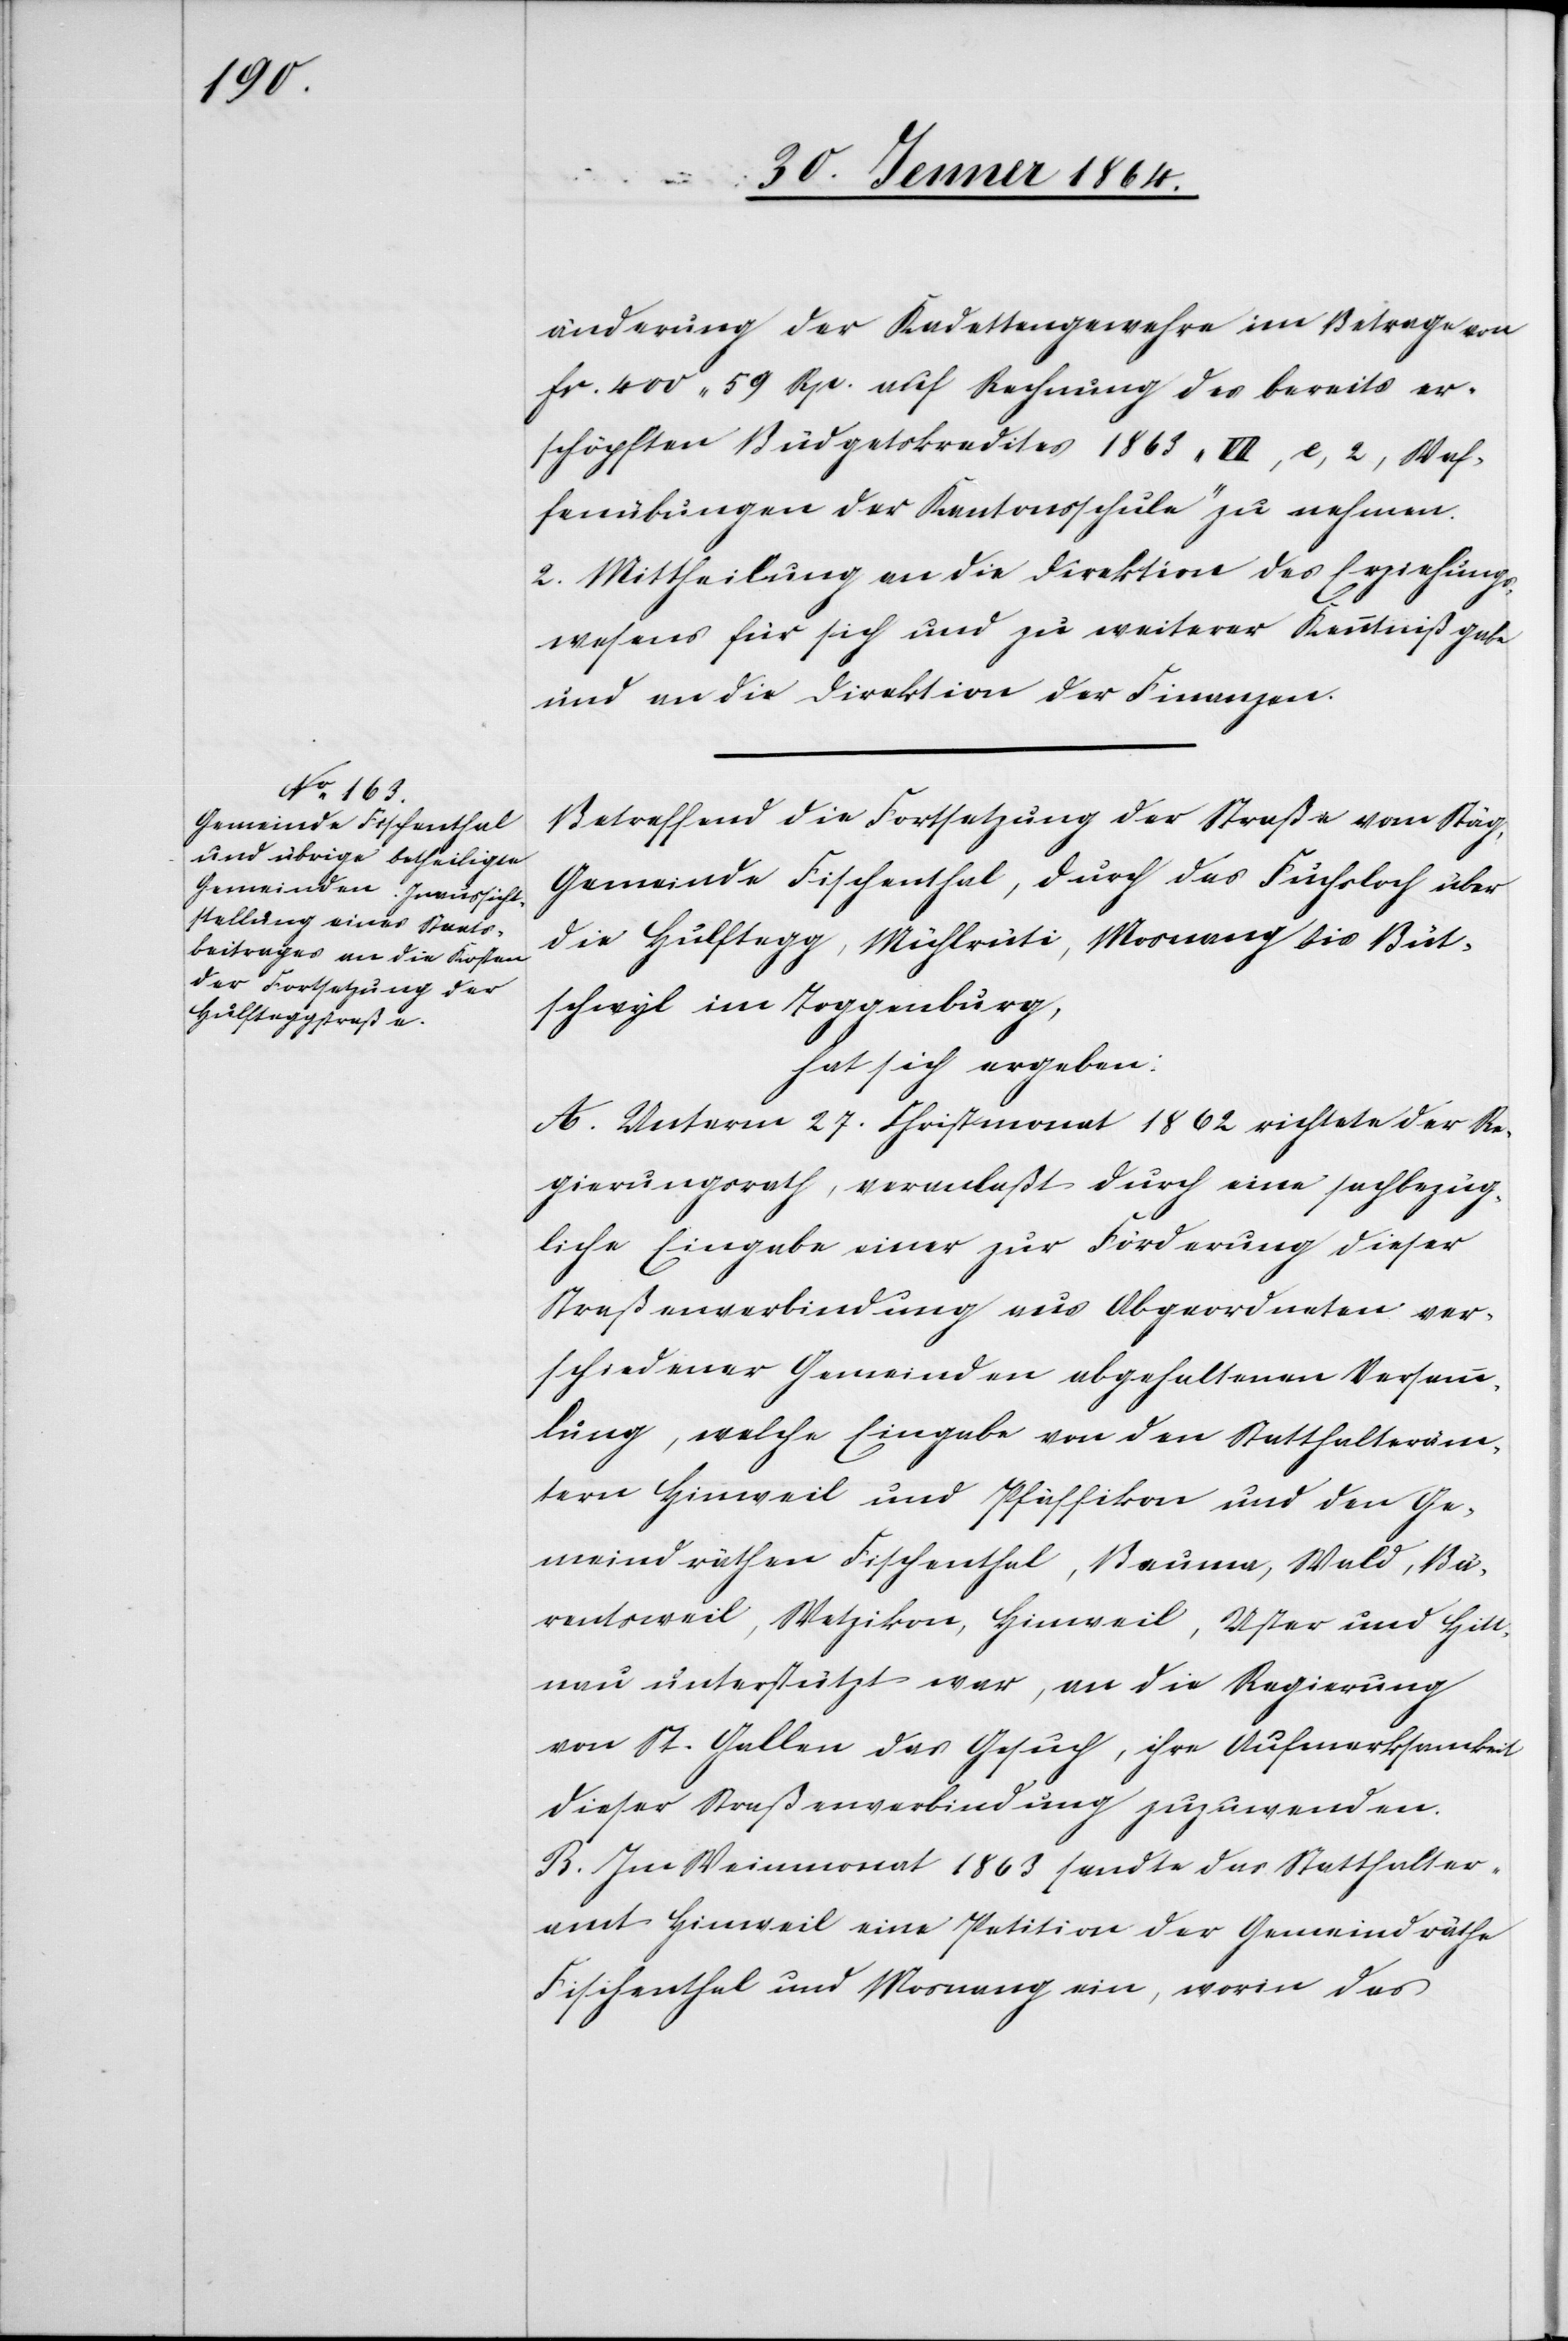
änderung der Kadettengewehre im Betrage von
fr. 400 59 Rp. auf Rechnung des bereits er¬
schöpften Budgetskredites 1863 „VII, e, 2, Waf¬
fenübungen der Kantonsschule“ zu nehmen.
2. Mittheilung an die Direktion des Erziehungs¬
wesens für sich und zu weiterer Kenntnißgabe
und an die Direktion der Finanzen.
Betreffend die Fortsetzung der Straße vom Stäg,
Gemeinde Fischenthal, durch das Fuchsloch über
die Hulftegg, Mühlrüti, Mosnang bis Büt¬
schwyl im Toggenburg,
hat sich ergeben:
A. Unterm 27. Christmonat 1862 richtete der Re¬
gierungsrath, veranlaßt durch eine sachbezüg¬
liche Eingabe einer zur Förderung dieser
Straßenverbindung aus Abgeordneten ver¬
schiedener Gemeinden abgehaltenen Versamm¬
lung, welche Eingabe von den Statthalteräm¬
tern Hinweil und Pfäffikon und den Ge¬
meindräthen Fischenthal, Bauma, Wald, Bä¬
rentsweil, Wetzikon, Hinweil, Uster und Hitt¬
nau unterstützt war, an die Regierung
von St. Gallen das Gesuch, ihre Aufmerksamkeit
dieser Straßenverbindung zuzuwenden.
B. Im Weinmonat 1863 sandte das Statthalter¬
amt Hinweil eine Petition der Gemeindräthe
Fischenthal und Mosnang ein, worin das